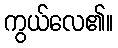
ကွယ်လေ၏။